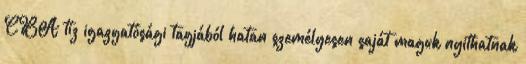
CBA tíz igazgatósági tagjából hatan személyesen saját maguk nyithatnak